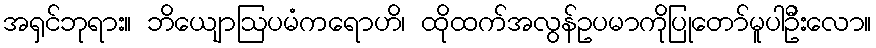
အရှင်ဘုရား။ ဘိယျောဩပမံကရောဟိ၊ ထိုထက်အလွန်ဥပမာကိုပြုတော်မူပါဦးလော။